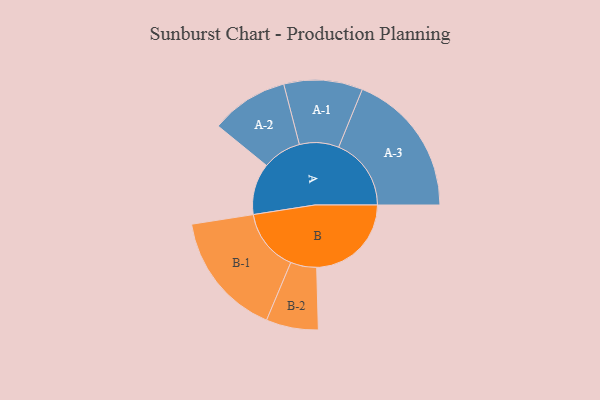
{"axis": {"x": "Segment", "y": "Value"}, "legend": ["", "A", "B"], "data": [{"x": "A", "y": 209, "type": ""}, {"x": "B", "y": 385, "type": ""}, {"x": "A-1", "y": 160, "type": "A"}, {"x": "A-2", "y": 158, "type": "A"}, {"x": "A-3", "y": 295, "type": "A"}, {"x": "B-1", "y": 254, "type": "B"}, {"x": "B-2", "y": 106, "type": "B"}]}